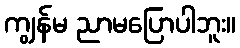
ကျွန်မ ညာမပြောပါဘူး။